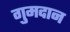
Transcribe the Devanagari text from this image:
गुमदान